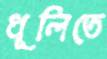
ধূলিতে